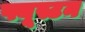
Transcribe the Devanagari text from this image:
फ्यूस्टन